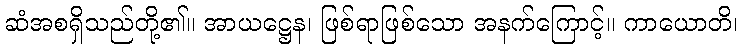
ဆံအစရှိသည်တို့၏။ အာယဋ္ဌေန၊ ဖြစ်ရာဖြစ်သော အနက်ကြောင့်။ ကာယောတိ၊